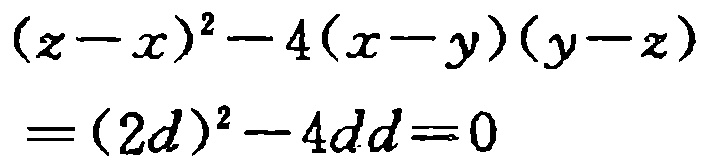
\((z - x)^2 - 4(x - y)(y - z)=(2d)^2 - 4dd = 0\)